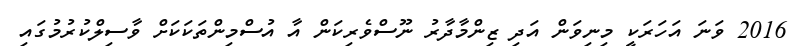
2016 ވަނަ އަހަރަކީ މިނިވަން އަދި ޒިންމާދާރު ނޫސްވެރިކަން އާ އުސްމިންތަކަކަށް ވާސިލްކުރުމުގައި